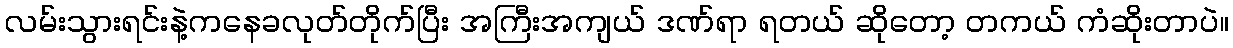
လမ်းသွားရင်းနဲ့ကနေခလုတ်တိုက်ပြီး အကြီးအကျယ် ဒဏ်ရာ ရတယ် ဆိုတော့ တကယ် ကံဆိုးတာပဲ။